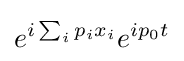
e^{i\sum _{i}p_{i}x_{i}}e^{ip_{0}t}